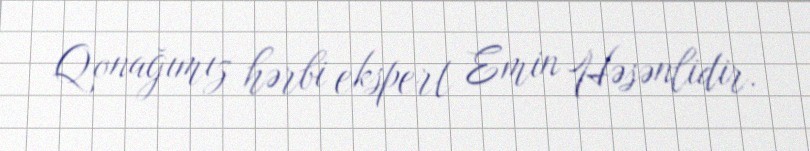
Qonağımız hərbi ekspert Emin Həsənlidir.